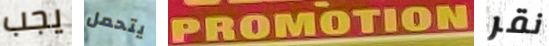
يجب يتحمل PROMOTION نقر